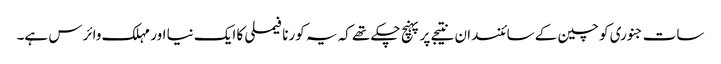
سات جنوری کو چین کے سائنسدان نتیجے پر پہنچ چکے تھے کہ یہ کورنا فیملی کا ایک نیا اور مہلک وائرس ہے۔